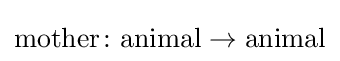
\mathrm {mother} \colon \mathrm {animal} \to \mathrm {animal}